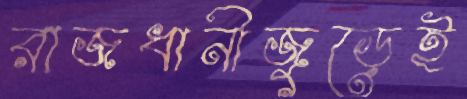
রাজধানীজুড়েই